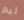
ليم